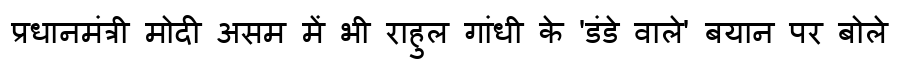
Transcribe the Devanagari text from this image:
प्रधानमंत्री मोदी असम में भी राहुल गांधी के 'डंडे वाले' बयान पर बोले